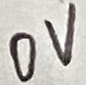
Text: 0V